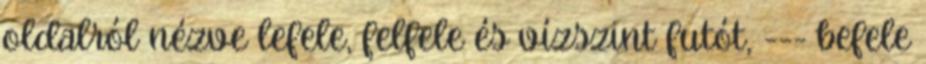
oldalról nézve lefele, felfele és vízszint futót, --- befele